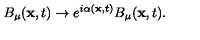
B _ { \mu } ( { \bf x } , t ) \rightarrow e ^ { i \alpha ( { \bf x } , t ) } B _ { \mu } ( { \bf x } , t ) .